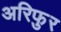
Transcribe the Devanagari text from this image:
अरिफुर